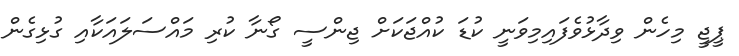
ޕީޖީ މިހެން ވިދާޅުވެފައިމިވަނީ ކުޑަ ކުއްޖަކަށް ޖިންސީ ގޯނާ ކުރި މައްސަލައަކާއި ގުޅިގެން